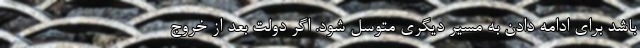
باشد برای ادامه دادن به مسیر دیگری متوسل شود. اگر دولت بعد از خروج